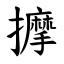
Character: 擵